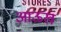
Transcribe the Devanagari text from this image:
आऊख